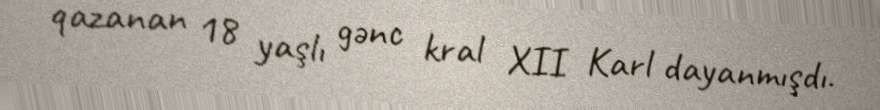
qazanan 18 yaşlı gənc kral XII Karl dayanmışdı.